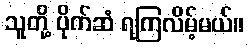
သူတို့ ပိုက်ဆံ ရကြလိမ့်မယ်။